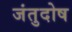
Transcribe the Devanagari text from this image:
जंतुदोष